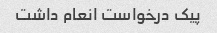
پیک درخواست انعام داشت